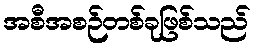
အစီအစဉ်တစ်ခုဖြစ်သည်